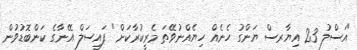
"އަސްލު 23 އިޔާރސް ޔަންގު ހެނެއް ހިޔެއްނުވޭތަ މެރީކުރާކަށް" ފައިސަލް އޭނާގެ ކަންބޮޑުވުން